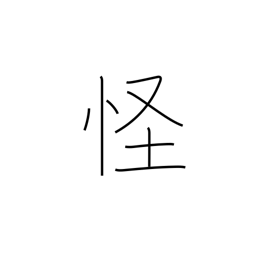
Meaning: suspicious